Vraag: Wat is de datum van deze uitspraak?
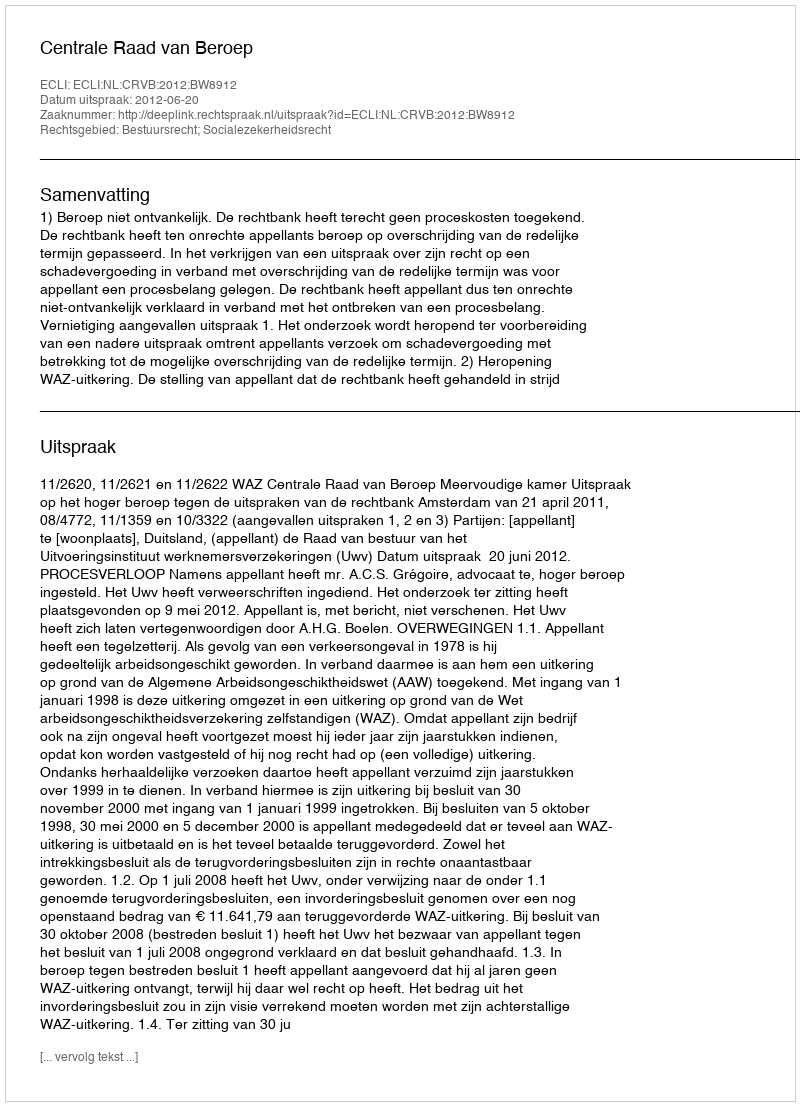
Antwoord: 2012-06-20